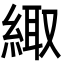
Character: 緅